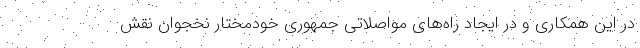
در این همکاری و در ایجاد راه‌های مواصلاتی جمهوری خودمختار نخجوان نقش